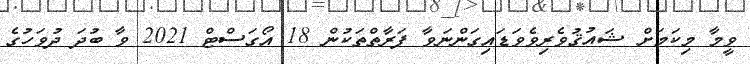
ވީމާ މިކަމަށް ޝައުޤުވެރިވެވަޑައިގަންނަވާ ފަރާތްތަކުން 18 އޯގަސްޓް 2021 ވާ ބުދަ ދުވަހުގެ